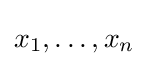
x_{1},\ldots ,x_{n}